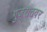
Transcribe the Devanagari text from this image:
गुजरातवर